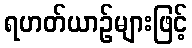
ရဟတ်ယာဉ်များဖြင့်